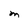
Character: M